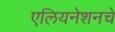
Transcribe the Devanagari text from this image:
एलियनेशनचे